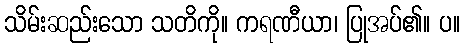
သိမ်းဆည်းသော သတိကို။ ကရဏီယာ၊ ပြုအပ်၏။ ပ။